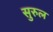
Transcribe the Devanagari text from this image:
सुरुल